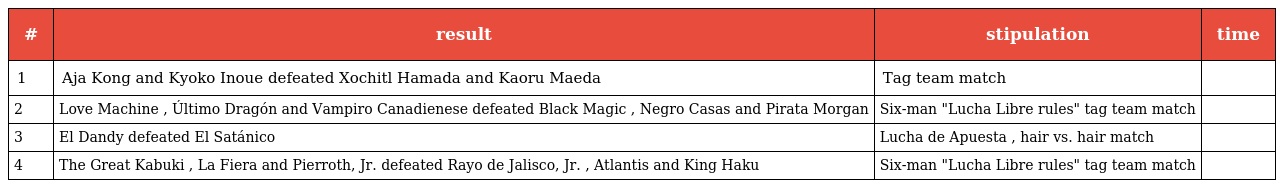
| # | result | stipulation | time |
 | --- | --- | --- | --- |
 | 1 | Aja Kong and Kyoko Inoue defeated Xochitl Hamada and Kaoru Maeda | Tag team match |  |
 | 2 | Love Machine , Último Dragón and Vampiro Canadienese defeated Black Magic , Negro Casas and Pirata Morgan | Six-man "Lucha Libre rules" tag team match |  |
 | 3 | El Dandy defeated El Satánico | Lucha de Apuesta , hair vs. hair match |  |
 | 4 | The Great Kabuki , La Fiera and Pierroth, Jr. defeated Rayo de Jalisco, Jr. , Atlantis and King Haku | Six-man "Lucha Libre rules" tag team match |  |